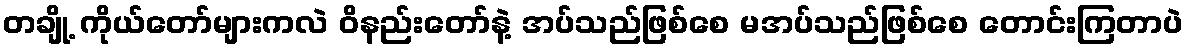
တချို့ ကိုယ်တော်များကလဲ ဝိနည်းတော်နဲ့ အပ်သည်ဖြစ်စေ မအပ်သည်ဖြစ်စေ တောင်းကြတာပဲ